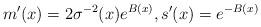
LaTeX: \begin{align*}m'(x) = 2\sigma^{-2}(x)e^{B(x)}, s'(x)=e^{-B(x)}\end{align*}